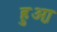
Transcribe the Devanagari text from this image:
हुआ़